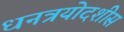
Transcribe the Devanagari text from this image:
धनत्रयोदशीस